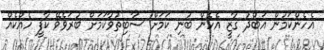
އެހެންކަމުން އަބްދު ގާޒީ އެހެން ބުނި ކަމަށް ސާބިތުވާކަމަށް ބުރަވެވޭ ކާފީ ހެއްކެއް